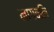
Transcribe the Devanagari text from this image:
नागवलि